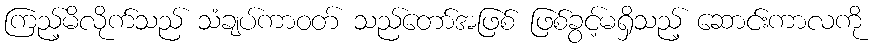
ကြည့်မိလိုက်သည် သံချပ်ကာဝတ် သည်တော်အဖြစ် ဖြစ်ခွင့်မရှိသည့် ဆောင်းကာလကို